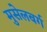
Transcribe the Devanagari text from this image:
मुसेलबर्ग